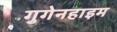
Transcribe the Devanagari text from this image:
गुगेनहाइम